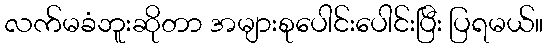
လက်မခံဘူးဆိုတာ အများစုပေါင်းပေါင်းပြီး ပြရမယ်။